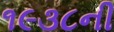
૧૯૩૮ની